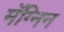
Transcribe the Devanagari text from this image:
मॅग्निन